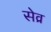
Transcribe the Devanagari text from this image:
सेव्र